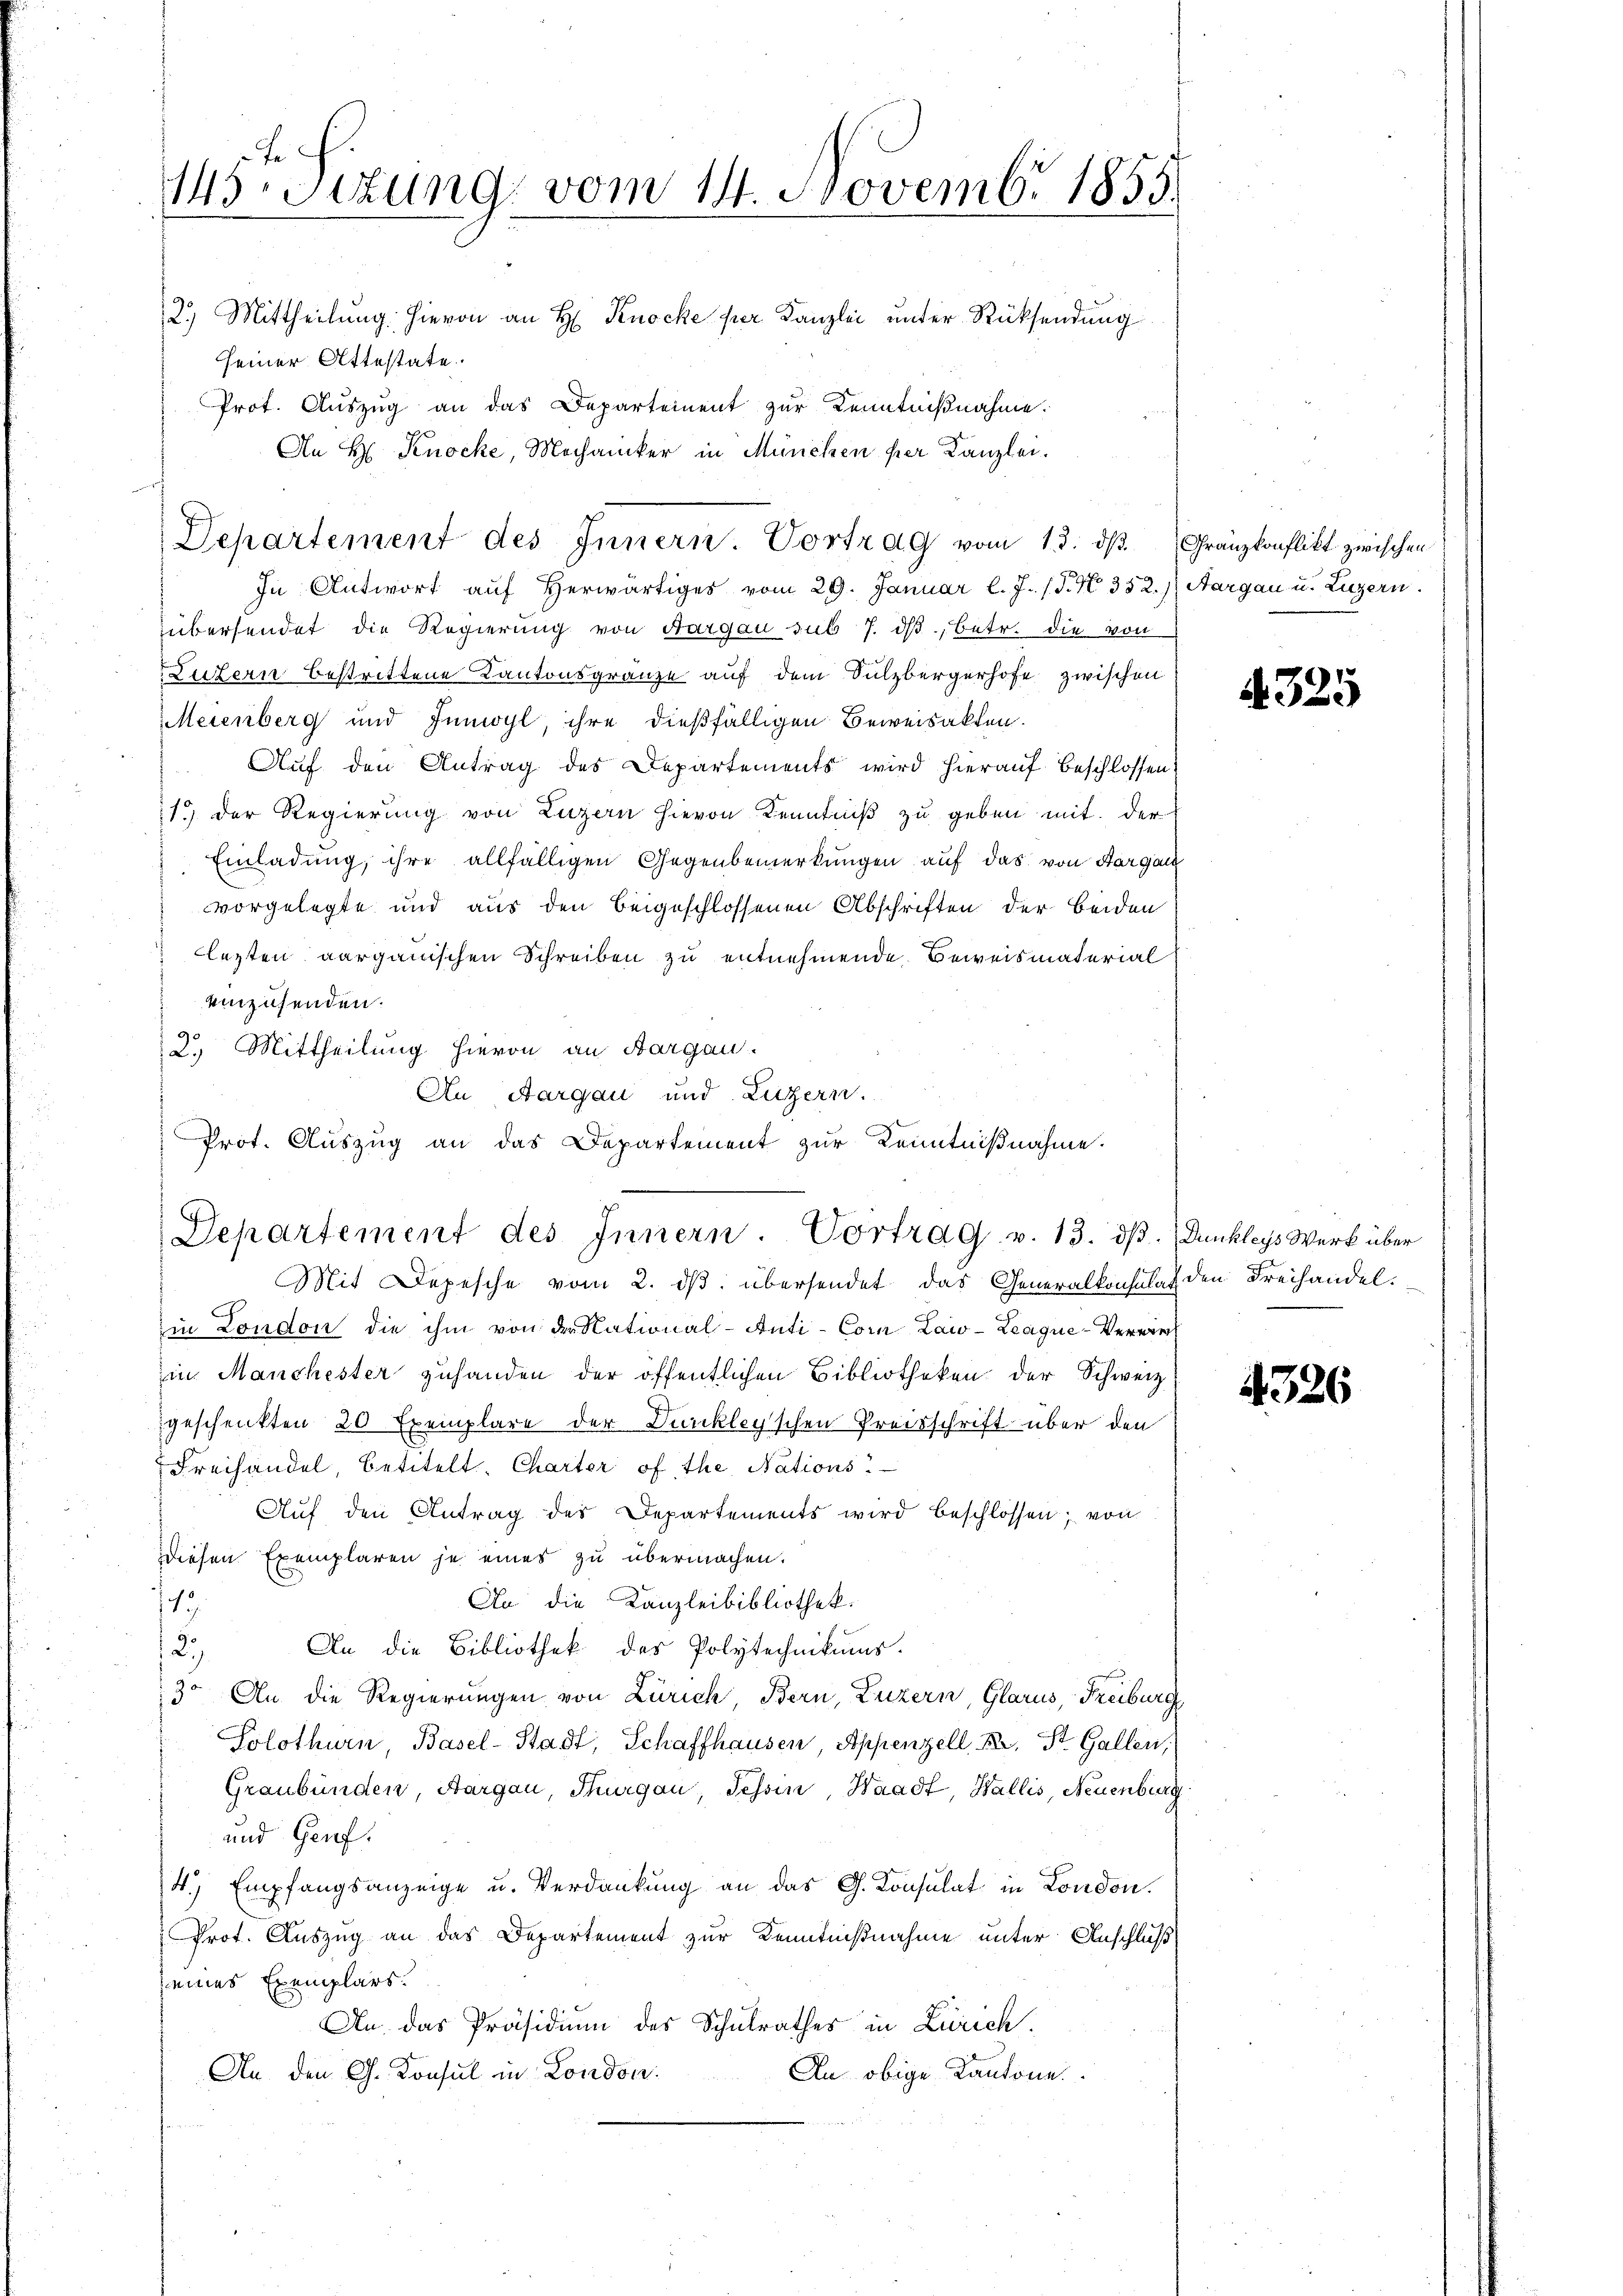
145. Sizung vom 14. Novembr 1855.
2.) Mittheilung hievon an H. Knocke per Kanzlei unter Rücksendung
seiner Attestate.
Prot. Auszug an das Departement zur Kenntnißnahme.
An H. Knocke, Mechaniker in München per Kanzlei.

Departement des Innern. Vortrag vom 13. ds.

In Antwort aŭf herwärtiges vom 29. Januar l. J. (T. N. 332.) Aargau u. Luzern.
übersendet die Regierung von Aargau sub 7. dβ, betr. die von
Luzern bestrittene Kantonsgränze auf dem Sulzbergerhofe zwischen
Meienberg und Innoyl ihre dießfälligen Beweisakten.
Auf den Antrag des Departements wird hierauf Beschlossen
1.) Der Regierung von Luzern hievon Kenntniß zu geben mit der
Einladung, ihre allfälligen Gegenbemerkungen auf das von Aargach
vorgelegte und aus den beigeschlossenen Abschriften der beiden
lezten aargauischen Schreiben zu entnehmende Beweismaterial
einzusenden.
2.) Mittheilung hievon an Bargau.
Mit Depesche vom 2. dβ übersendet, das Generalkonsulat
in London die ihm von der National-Anti-Cor Law-Leaque-Verwer
in Manchester zuhanden der öffentlichen Bibliotheken der Schweiz
geschenkten 20 Exemplare der Dunkley’schen Preisschrift über den
Freihandel, betitelt. Charter of the Nations
Aŭf den Antrag des Departements wird beschlossen; von
Diesen Exemplaren je eines zu übermachen.
An die Kanzleibibliothek.
13
An die Bibliothek des Polytechnikums.
2.)
3. An die Regierungen von Zürich, Bern, Luzern, Glarus, Freiburg
Solothurn, Basel-Stadt, Schaffhausen, Appenzell Kr. St. Gallen,
Graubünden, Aargau, Thurgau, Tessin, Waadt, Wallis, Neuenburg
und Genf.
4.) Empfangsanzeige u. Verdankung an das G. Konsulat in London.
Prot. Auszug an das Departement zur Kenntnißnahme unter Anschluß
seines Exemplars
An. das Präsidium des Schulrathes in Zürich.
An den G. Konsul in London.
An obige Kantone.

An Aargau und Luzern.
Prot. Aŭszŭg an das Departement zur Kenntniβnahme.
Departement des Innern. Vortrag v. 13. dβ.

Franzkonflikt zwischen

A 325

Dunkleys Werk über
den Freihandel.

4326